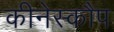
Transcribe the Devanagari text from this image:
कीनेस्कौप